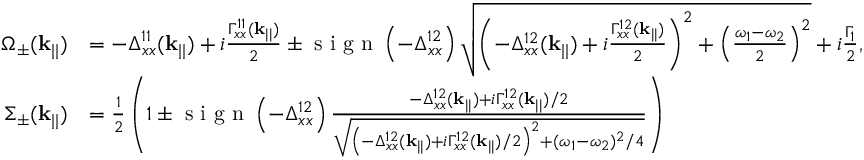
\begin{array} { r l } { \Omega _ { \pm } ( \mathbf { k } _ { | | } ) } & { = - \Delta _ { x x } ^ { 1 1 } ( \mathbf { k } _ { | | } ) + i \frac { \Gamma _ { x x } ^ { 1 1 } ( \mathbf { k } _ { | | } ) } { 2 } \pm \textrm { s i g n } \left( - \Delta _ { x x } ^ { 1 2 } \right) \sqrt { \left( - \Delta _ { x x } ^ { 1 2 } ( \mathbf { k } _ { | | } ) + i \frac { \Gamma _ { x x } ^ { 1 2 } ( \mathbf { k } _ { | | } ) } { 2 } \right) ^ { 2 } + \left( \frac { \omega _ { 1 } - \omega _ { 2 } } { 2 } \right) ^ { 2 } } + i \frac { \Gamma _ { 1 } } { 2 } , } \\ { \Sigma _ { \pm } ( \mathbf { k } _ { | | } ) } & { = \frac { 1 } { 2 } \left( 1 \pm \textrm { s i g n } \left( - \Delta _ { x x } ^ { 1 2 } \right) \frac { - \Delta _ { x x } ^ { 1 2 } ( \mathbf { k } _ { | | } ) + i \Gamma _ { x x } ^ { 1 2 } ( \mathbf { k } _ { | | } ) / 2 } { \sqrt { \left( - \Delta _ { x x } ^ { 1 2 } ( \mathbf { k } _ { | | } ) + i \Gamma _ { x x } ^ { 1 2 } ( \mathbf { k } _ { | | } ) / 2 \right) ^ { 2 } + ( \omega _ { 1 } - \omega _ { 2 } ) ^ { 2 } / 4 } } \right) } \end{array}